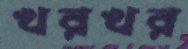
খরখর